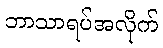
ဘာသာရပ်အလိုက်